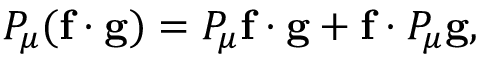
P _ { \mu } ( \mathbf { f } \cdot \mathbf { g } ) = P _ { \mu } \mathbf { f } \cdot \mathbf { g } + \mathbf { f } \cdot P _ { \mu } \mathbf { g } ,